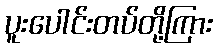
ပူးပေါင်းတပ်တို့ကြား